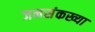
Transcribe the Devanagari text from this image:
जनसंकख्या